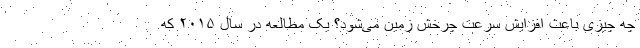
چه چیزی باعث افزایش سرعت چرخش زمین می‌شود؟ یک مطالعه در سال ۲۰۱۵ که